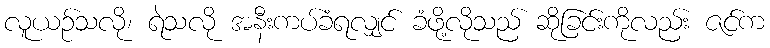
လူယဉ်သလို၊ ရဲသလို အနီးကပ်ခံရလျှင် ခံဖို့လိုသည် ဆိုခြင်းကိုလည်း ဇင်က